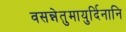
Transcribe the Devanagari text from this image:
वसन्नेतुमायुर्दिनानि